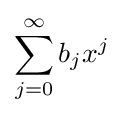
\sum _{j=0}^{\infty }b_{j}x^{j}